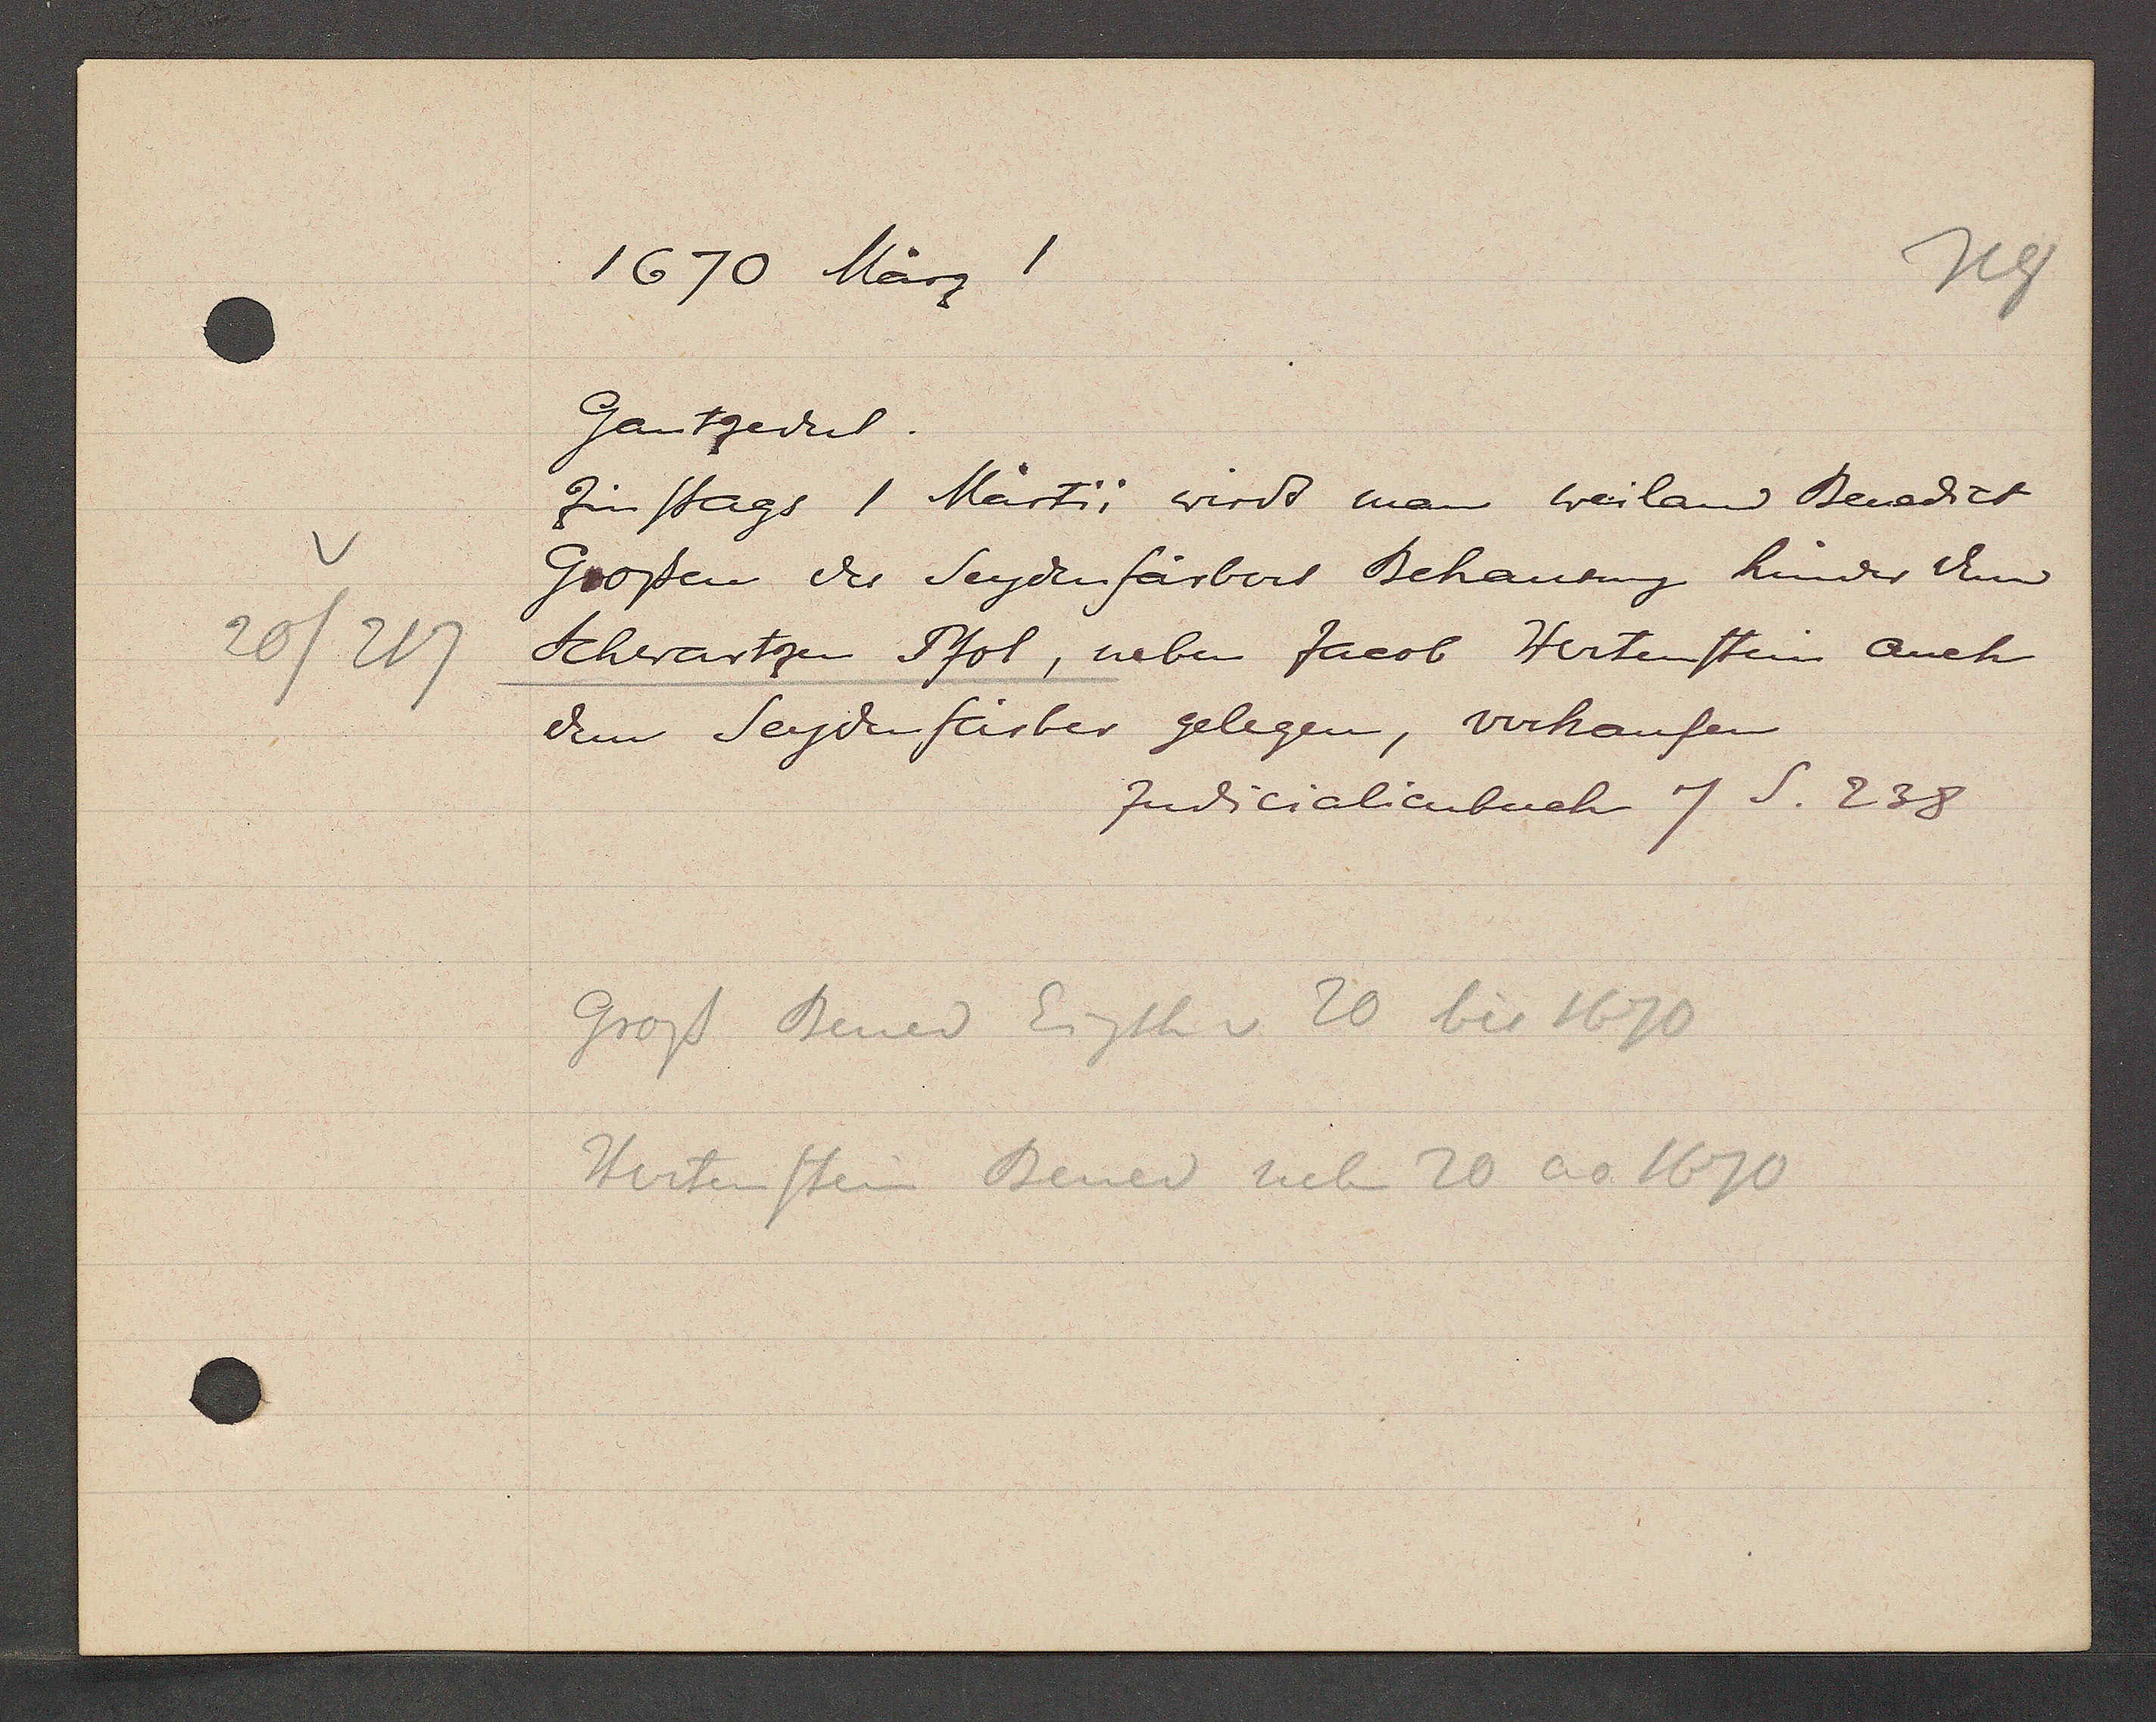
Transcript:
20/217

1670 März 1

Gantzedel.
zinstags 1 Martii wird man weiland Benedict
Gossen der Seydenfärbers Behausung hinder dem
Schwartzen Pfol, neben Jacob Hertenstein auch
dem Seydenärber gelegen, verkaufen

Judicialienbuch 7 S. 238

Gross Bened Eigth v 20 bis 1670
Hertenstein Bened neben 20 ao 1670